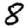
Digit: 8